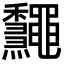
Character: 𪔁